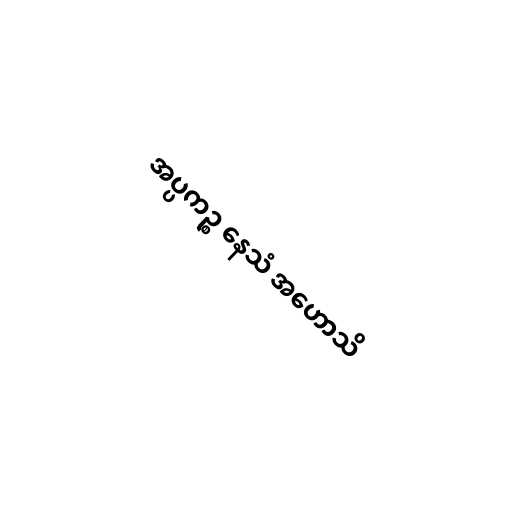
အပ္ပကဉ္စ နေသံ အဟောသိ